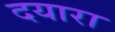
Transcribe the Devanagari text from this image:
दयारा